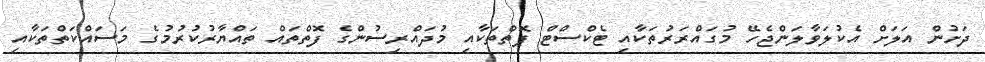
ދަށުން އަލަށް އެކުލަވާލަންޖެހޭ މުގައްރަރުތަކާއި ޓެކްސްޓް ފޮތްތަކާއި މުދައްރިސުންގެ ފޮތްތައް ތައްޔާރުކުރުމުގެ މަސައްކަތްތަކާއި